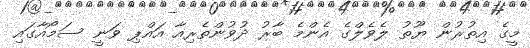
މީގެ އިތުރުން ޔޫތު ލެވެލްގެ އެންމެ ބާރު ދުވުންތެރިއާ އައްޕި ވަނީ ސަމޯއާގައި